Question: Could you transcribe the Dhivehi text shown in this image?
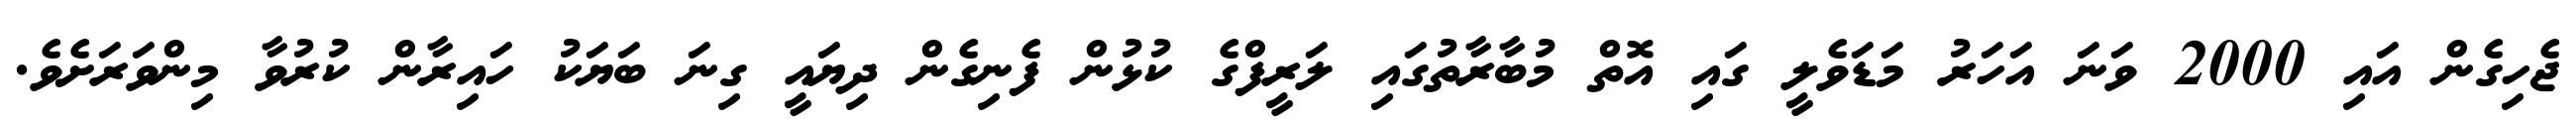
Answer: ޖެހިގެން އައި 2000 ވަނަ އަހަރު މަޑަވެލީ ގައި އޮތް މުބާރާތުގައި ލަރީފްގެ ކުޅުން ފެނިގެން ދިޔައީ ގިނަ ބަޔަކު ހައިރާން ކުރުވާ މިންވަރަށެވެ.